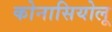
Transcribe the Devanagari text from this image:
कोनासियोलू